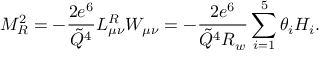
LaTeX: M _ { R } ^ { 2 } = - { \frac { 2 e ^ { 6 } } { \tilde { Q } ^ { 4 } } } L _ { \mu \nu } ^ { R } W _ { \mu \nu } = - { \frac { 2 e ^ { 6 } } { \tilde { Q } ^ { 4 } R _ { w } } } \sum _ { i = 1 } ^ { 5 } \theta _ { i } { \cal H } _ { i } .